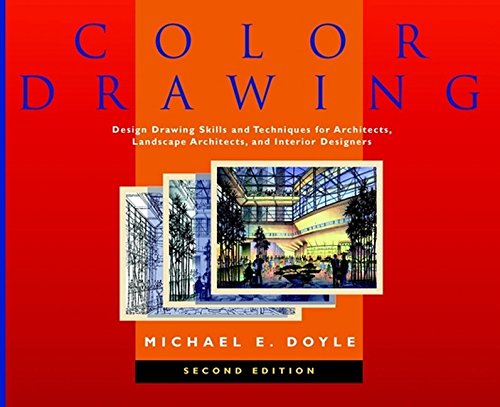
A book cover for Color Drawing: Design Drawing Skills and Techniques for Architects, Landscape Architects, and Interior Designers, 2nd Edition; Michael E. Doyle; Arts & Photography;